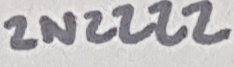
Text: 2N2222